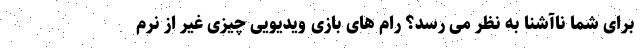
برای شما ناآشنا به نظر می رسد؟ رام های بازی ویدیویی چیزی غیر از نرم